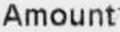
AMOUNT